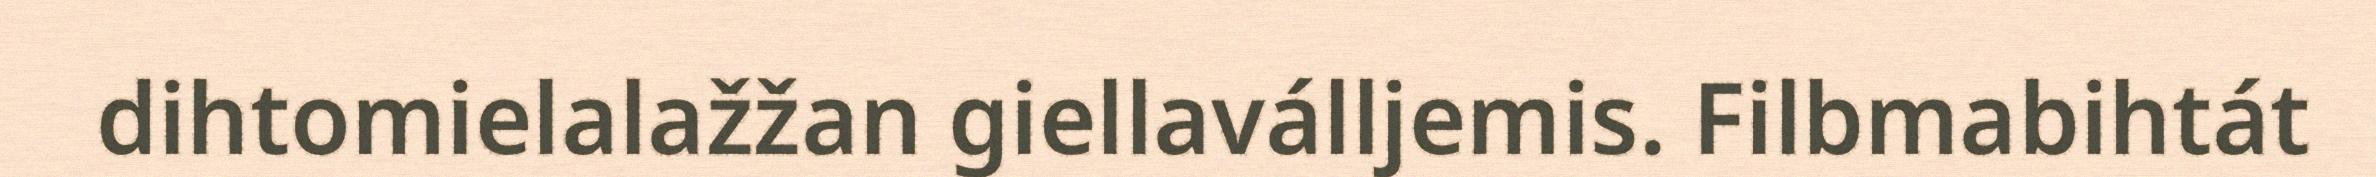
dihtomielalažžan giellaválljemis. Filbmabihtát